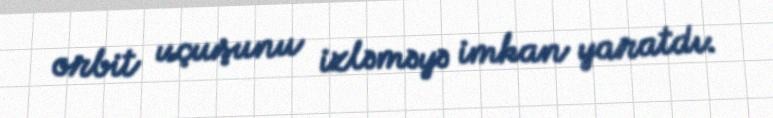
orbit uçuşunu izləməyə imkan yaratdı.